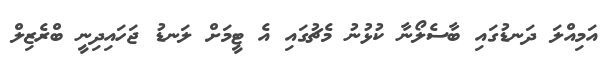
އަމިއްލަ ދަނޑުގައި ބާސެލޯނާ ކުޅުނު މެޗުގައި އެ ޓީމަށް ލަނޑު ޖަހައިދިނީ ބްރެޒިލް